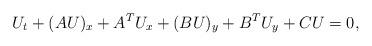
LaTeX: \begin{align*} U_t + (A U)_x + A^T U_x+ (B U)_y + B^T U_y+CU= 0,\end{align*}